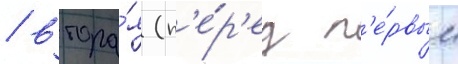
/ втора́я (п'е́р'ед п'е́рвым